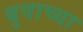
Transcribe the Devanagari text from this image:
बुवाच्या